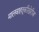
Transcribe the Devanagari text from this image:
मालवाहतूकीखेरीज